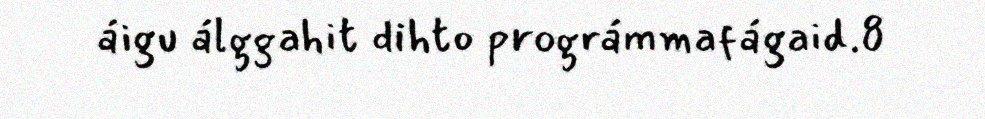
áigu álggahit dihto prográmmafágaid.8